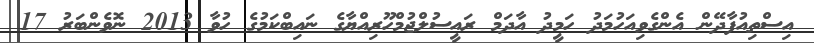
އިސްތިއުފާދޭން އެންގެވިއަހުމަދު ހަމީދު އާދަމް ރައީސުލްޖުމްހޫރިއްޔާގެ ނައިބްކަމުގެ ހުވާ 2013 ނޮވެންބަރު 17